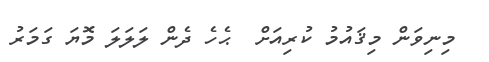
މިނިވަން މިޤައުމު ކުރިއަށްް  ޙެހެ ދެން ލަލަލަ މޮޔަ ގަމަަަރު